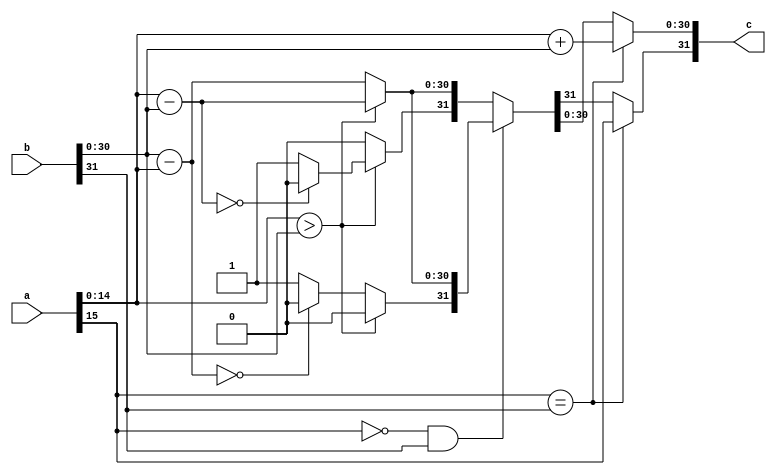
`timescale 1ns / 1ps
//////////////////////////////////////////////////////////////////////////////////
// Company: 
// Engineer: 
// 
// Design Name: 
// Module Name: fixed_add
// Project Name: 
// Target Devices: 
// Tool Versions: 
// Description: 
// 
// Dependencies: 
// 
// Revision:
// Revision 0.01 - File Created
// Additional Comments:
// 
//////////////////////////////////////////////////////////////////////////////////

module fixed_add #(
		parameter Q = 14,
		parameter N = 16
	)
	(
		input 	[N-1:0] a,
		input 	[(2*N)-1:0] b,
		output 	[(2*N)-1:0]c
    );

reg [(2*N)-1:0] res;

assign c = res;

always @(a,b) begin
	// both negative or both positive
	if(a[N-1] == b[(2*N)-1]) 
	begin						//	Since they have the same sign, absolute value increases
		res[(2*N)-2:0] = a[N-2:0] + b[(2*N)-2:0];		
		res[(2*N)-1] = a[N-1];							    end												//		Not doing any error checking on this...
	//	one of them is negative...
	else if(a[N-1] == 0 && b[(2*N)-1] == 1) 
	begin		//	subtract a-b
		if( a[N-2:0] > b[(2*N)-2:0] ) 
		begin					
			res[(2*N)-2:0] = a[N-2:0] - b[(2*N)-2:0];			//		then just subtract b from a
			res[(2*N)-1] = 0;										//		and manually set the sign to positive
        end
		else 
		begin												//	if a is less than b,
			res[(2*N)-2:0] = b[(2*N)-2:0] - a[N-2:0];			//		we'll actually subtract a from b to avoid a 2's complement answer
			if (res[(2*N)-2:0] == 0)
				res[(2*N)-1] = 0;										//		I don't like negative zero....
			else
				res[(2*N)-1] = 1;										//		and manually set the sign to negative
			end
		end
	else 
	begin												//	subtract b-a (a negative, b positive)
		if( a[N-2:0] > b[(2*N)-2:0] ) 
		begin					//	if a is greater than b,
			res[(2*N)-2:0] = a[N-2:0] - b[(2*N)-2:0];			//		we'll actually subtract b from a to avoid a 2's complement answer
			if (res[(2*N)-2:0] == 0)
				res[(2*N)-1] = 0;										//		I don't like negative zero....
			else
				res[(2*N)-1] = 1;										//		and manually set the sign to negative
			end
		else 
		begin												//	if a is less than b,
			res[(2*N)-2:0] = b[(2*N)-2:0] - a[N-2:0];			//		then just subtract a from b
			res[(2*N)-1] = 0;										//		and manually set the sign to positive
			end
		end
	end
endmodule